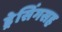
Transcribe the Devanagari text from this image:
ड्रेसिंगसह